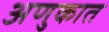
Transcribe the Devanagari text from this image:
अणुकात